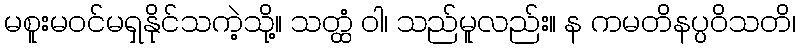
မစူးမဝင်မရှနိုင်သကဲ့သို့။ သတ္ထံ ဝါ၊ သည်မူလည်း။ န ကမတိနပ္ပဝိသတိ၊